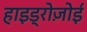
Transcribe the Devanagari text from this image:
हाइड्रोज़ोई